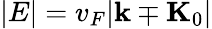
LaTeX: |E|=v_{F}|\mathbf{k}\mp\mathbf{K}_{0}|